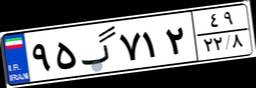
۹۵گ۷۱۲۴۹